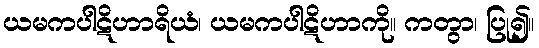
ယမကပါဋိဟာရိယံ၊ ယမကပါဋိဟာကို။ ကတွာ၊ ပြု၍။